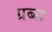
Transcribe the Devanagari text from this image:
ग्रब्स